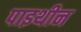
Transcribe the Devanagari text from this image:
पाइथीन